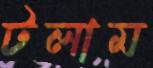
টলাম